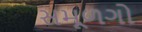
સમૂળગો